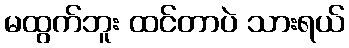
မထွက်ဘူး ထင်တာပဲ သားရယ်